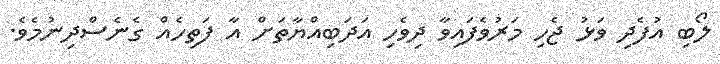
ލޯބި އުފެދި ވަޅު ޖެހި މަރުވެފައިވާ ދިވެހި އަދަބިއްޔާތަށް އާ ފަތިހެއް ގެނެސްދިނުމެވެ.